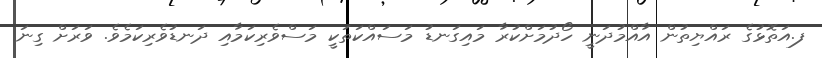
ފ.އަތޮޅުގެ ރައްޔިތުން އާއްމުދަނީ ހޯދުމަށްކުރާ މައިގަނޑު މަސައްކަތަކީ މަސްވެރިކަމާއި ދަނޑުވެރިކަމެވެ. ވަރަށް ގިނަ